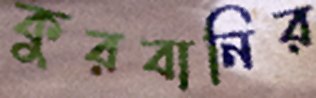
কুরবানির